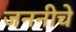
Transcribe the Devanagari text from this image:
जननीचे